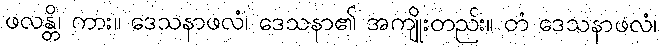
ဖလန္တိ၊ ကား။ ဒေသနာဖလံ၊ ဒေသနာ၏ အကျိုးတည်း။ တံ ဒေသနာဖလံ၊